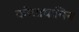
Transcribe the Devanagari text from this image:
कोचाधामिन